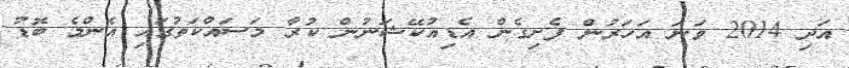
އަދި 2014 ވަނަ އަހަރުން ފެށިގެން އެޑިއުކޭޝަނުން ކުރާ މަސައްކަތުގައި އެންމެ ބޮޑު